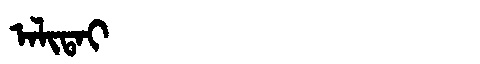
Manchu: ᠠᠯᡳᡨᠠᡳ
Romanization: ALITAI